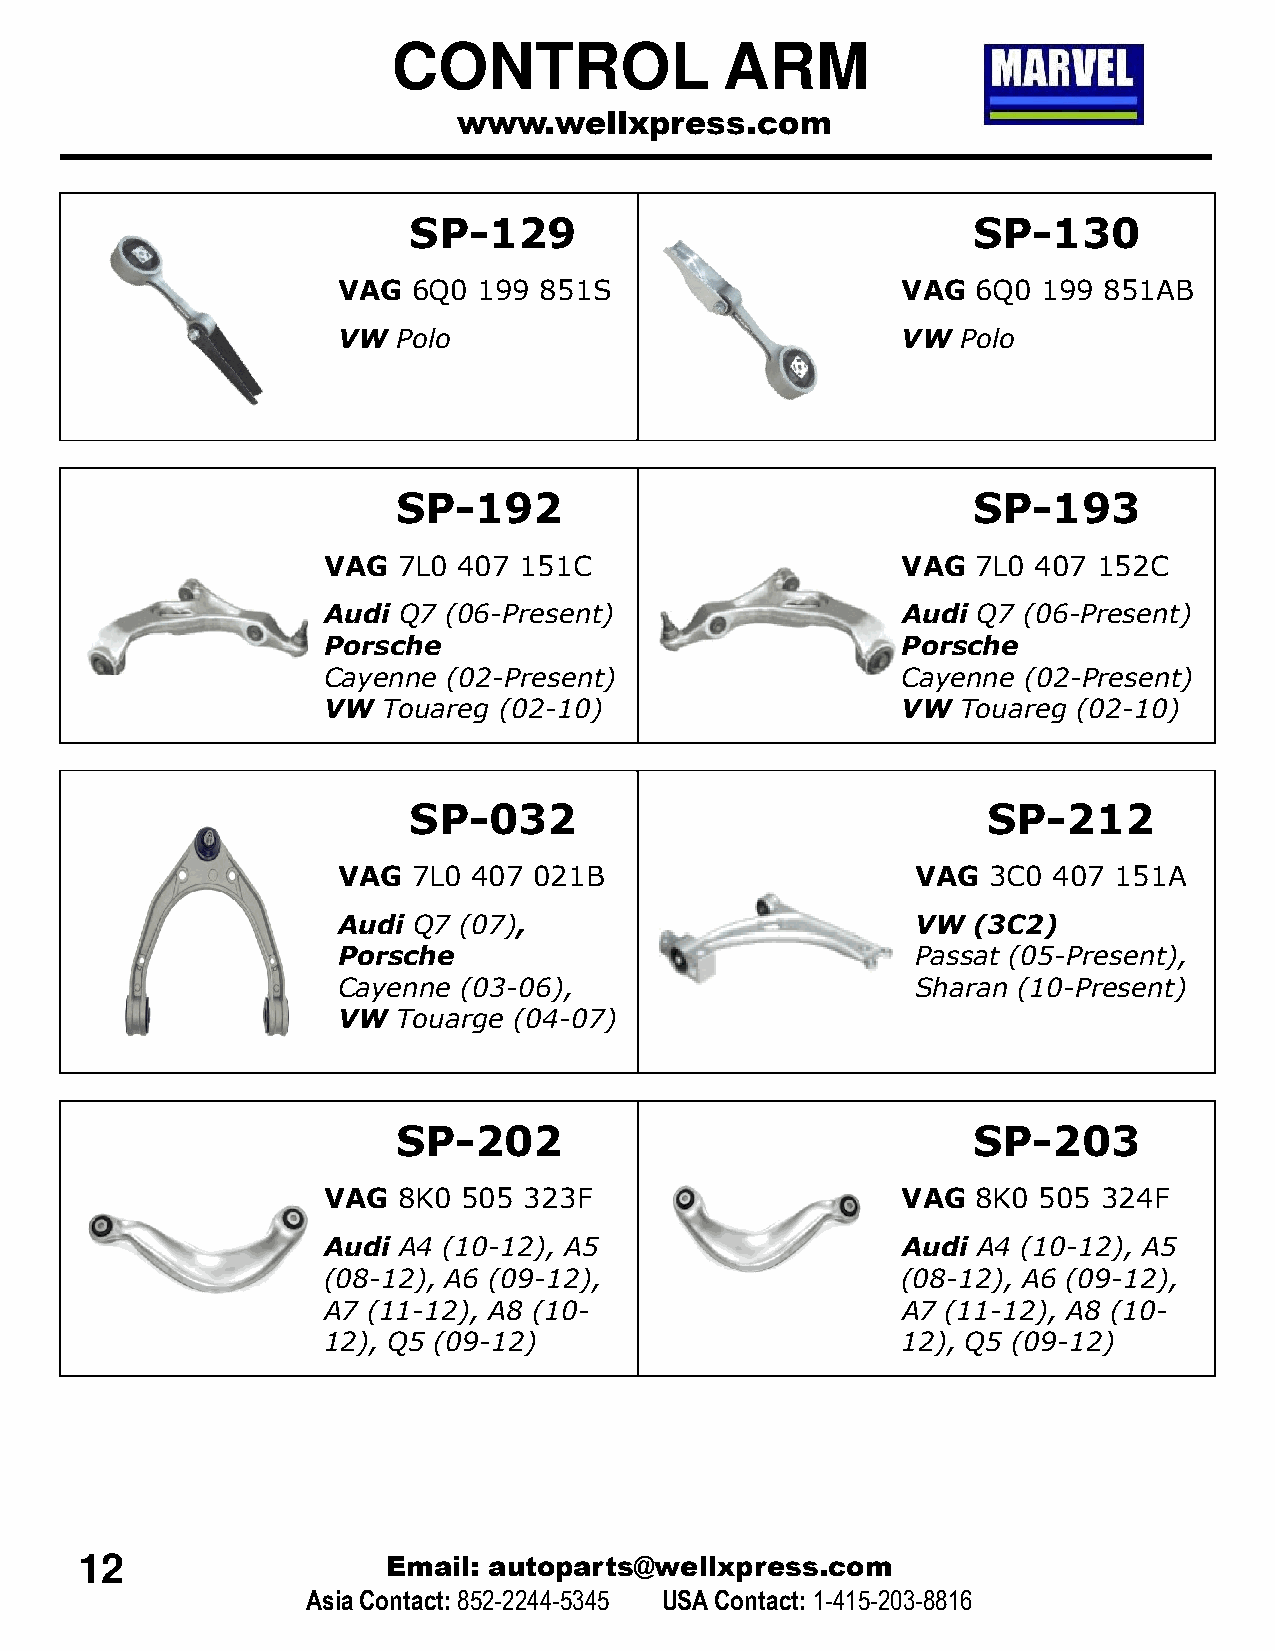
CONTROL               ARM
 www.wellxpress.com
 SP-129                               SP-130
 VAG  6Q0  199 851S                    VAG  6Q0 199 851AB
 VW  Polo                              VW  Polo
 SP-192                                SP-193
 VAG  7L0 407 151C                      VAG  7L0 407 152C
 Audi Q7 (06-Present)                   Audi Q7 (06-Present)
 Porsche                                Porsche
 Cayenne  (02-Present)                  Cayenne (02-Present)
 VW  Touareg (02-10)                    VW  Touareg (02-10)
 SSPP--003322                          SSPP--221122
 VAG  7L0 407 021B                      VAG 3C0  407 151A
 Audi Q7 (07),                          VW (3C2)
 Porsche                                Passat (05-Present),
 Cayenne  (03-06),                      Sharan (10-Present)
 VW  Touarge (04-07)
 SP-202                                SP-203
 VAG  8K0  505 323F                     VAG  8K0 505 324F
 Audi A4 (10-12), A5                    Audi A4 (10-12), A5
 (08-12), A6 (09-12),                   (08-12), A6 (09-12),
 A7 (11-12), A8 (10-                    A7 (11-12), A8 (10-
 12), Q5 (09-12)                        12), Q5 (09-12)
 12                   Email: autoparts@wellxpress.com
 Asia Contact:852-2244-5345 USA Contact: 1-415-203-8816